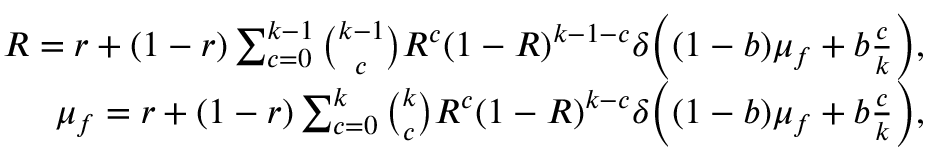
\begin{array} { r } { R = r + ( 1 - r ) \sum _ { c = 0 } ^ { k - 1 } \binom { k - 1 } { c } R ^ { c } ( 1 - R ) ^ { k - 1 - c } \delta \Big ( ( 1 - b ) \mu _ { f } + b \frac { c } { k } \Big ) , } \\ { \mu _ { f } = r + ( 1 - r ) \sum _ { c = 0 } ^ { k } \binom { k } { c } R ^ { c } ( 1 - R ) ^ { k - c } \delta \Big ( ( 1 - b ) \mu _ { f } + b \frac { c } { k } \Big ) , } \end{array}